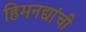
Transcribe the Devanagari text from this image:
हिमनद्यांची